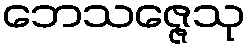
ဘေသဇ္ဇေသု